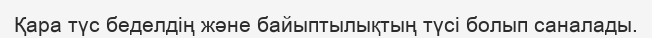
Қара түс беделдің және байыптылықтың түсі болып саналады.